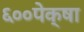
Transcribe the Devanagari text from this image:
६००पेक्षा